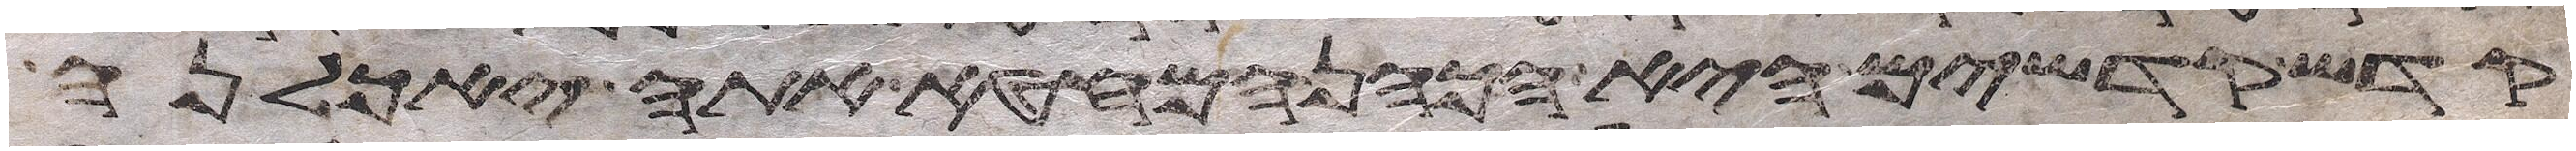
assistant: קדש קדשים היא הכהן המחטא אתה יאכלנה